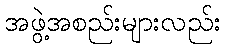
အဖွဲ့အစည်းများလည်း